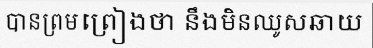
បានព្រមព្រៀងថា នឹងមិនឈូសឆាយ